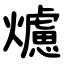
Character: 爈